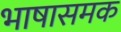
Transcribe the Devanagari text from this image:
भाषासमक